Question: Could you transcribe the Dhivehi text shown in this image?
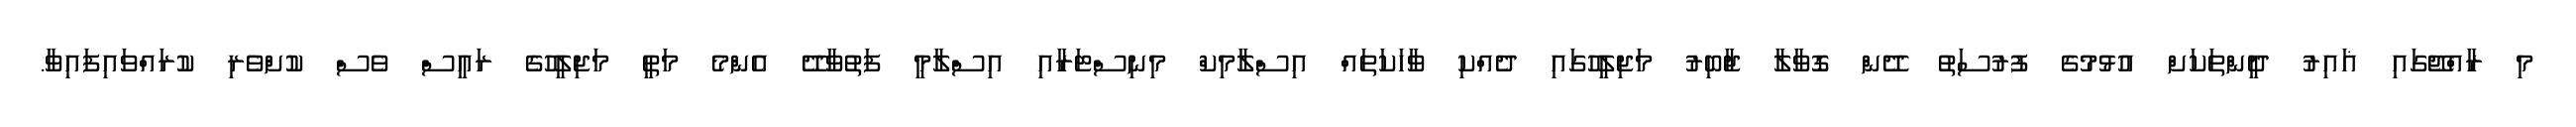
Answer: މި ރާއްޖޭގައި ޣައިރު ދީންތަކަށް އުޅުމުގެ ފުރުސަތު ދޭން ގޮވާލާ ޖާބިރު މަޖިލީހުގައި ދެއްކި ވާހަކަތައް އިސްލާމިކް މިނިސްޓަރާއި އިސްލާމީ ފަތުވާދޭ އެންމެ މަތީ މަޖިލީހުގެ ރައީސް ވެސް ކުށްވެރި ކުރައްވައިފައިވާ.